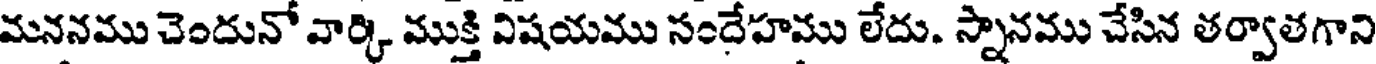
మననము చెందునో వార్కి ముక్తి విషయము సందేహము లేదు. స్నానము చేసిన తర్వాతగాని